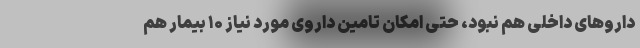
داروهای داخلی هم نبود، حتی امکان تامین داروی مورد نیاز ۱۰ بیمار هم